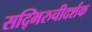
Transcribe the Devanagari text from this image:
सद्भिरुचीदर्शक